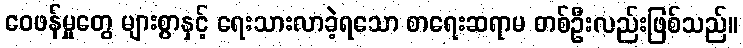
ဝေဖန်မှုတွေ များစွာနှင့် ရေးသားလာခဲ့ရသော စာရေးဆရာမ တစ်ဦးလည်းဖြစ်သည်။